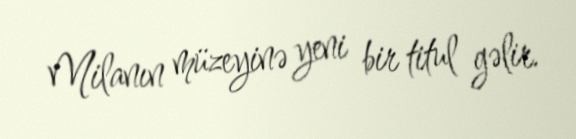
Milanın müzeyinə yeni bir titul gəlir.